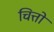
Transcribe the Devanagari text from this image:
चित्तो